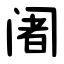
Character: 阇